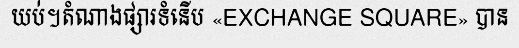
យប់។តំណាងផ្សារទំនើប «EXCHANGE SQUARE» បាន